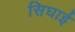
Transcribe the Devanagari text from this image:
सिघाई